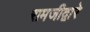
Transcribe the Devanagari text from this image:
रामजीद्वारे